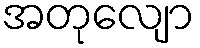
အတုလျော